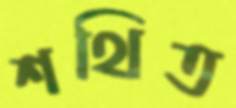
শথিত